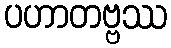
ပဟာတဗ္ဗဿ